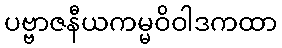
ပဗ္ဗာဇနီယကမ္မဝိဝါဒကထာ